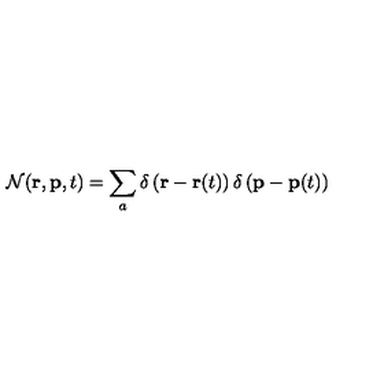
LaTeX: { \cal N } ( { \bf r } , { \bf p } , t ) = \sum _ { a } \delta \left( { \bf r } - { \bf r } ( t ) \right) \delta \left( { \bf p } - { \bf p } ( t ) \right)